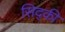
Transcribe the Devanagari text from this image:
सिद्की